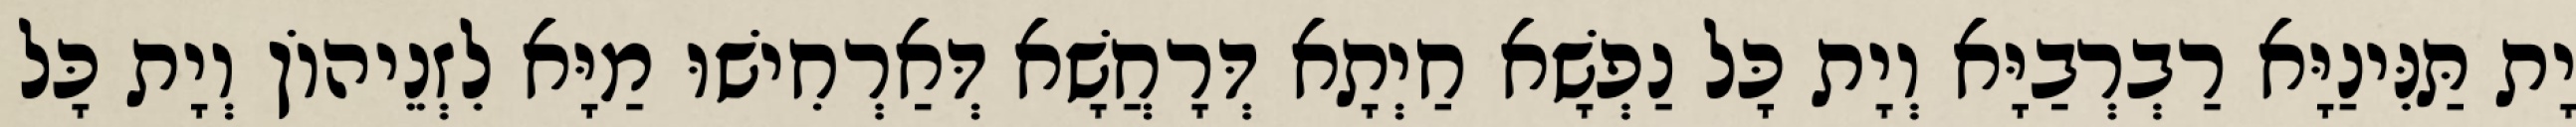
יָת תַּנִּינַיָּא רַבְרְבַיָּא וְיָת כָּל נַפְשָׁא חַיְתָא דְּרָחֲשָׁא דְּאַרְחִישׁוּ מַיָּא לִזְנֵיהוֹן וְיָת כָּל